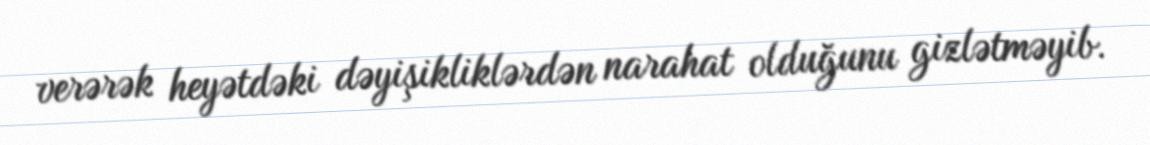
verərək heyətdəki dəyişikliklərdən narahat olduğunu gizlətməyib.